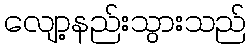
လျော့နည်းသွားသည်